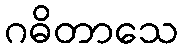
ဂဓိတာသေ